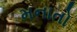
મનાતો